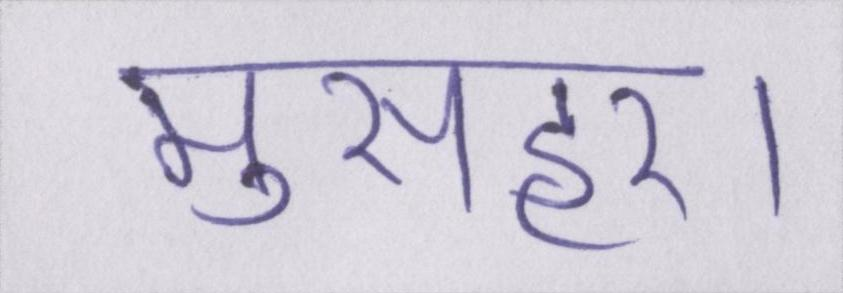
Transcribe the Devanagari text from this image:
मुसहर।